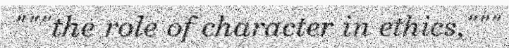
"""the role of character in ethics,"""